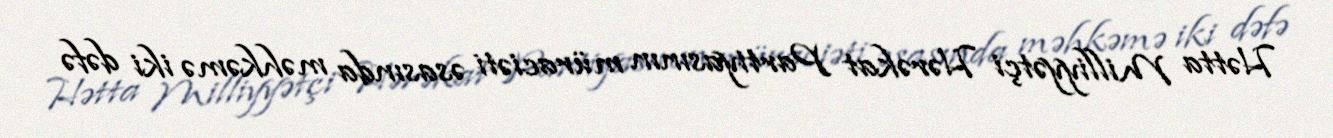
Hətta Milliyyətçi Hərəkat Partiyasının müraciəti əsasında məhkəmə iki dəfə